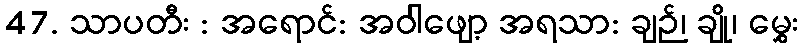
47. သာပတီး : အရောင်: အဝါဖျော့ အရသာ: ချဉ်၊ ချို၊ မွှေး